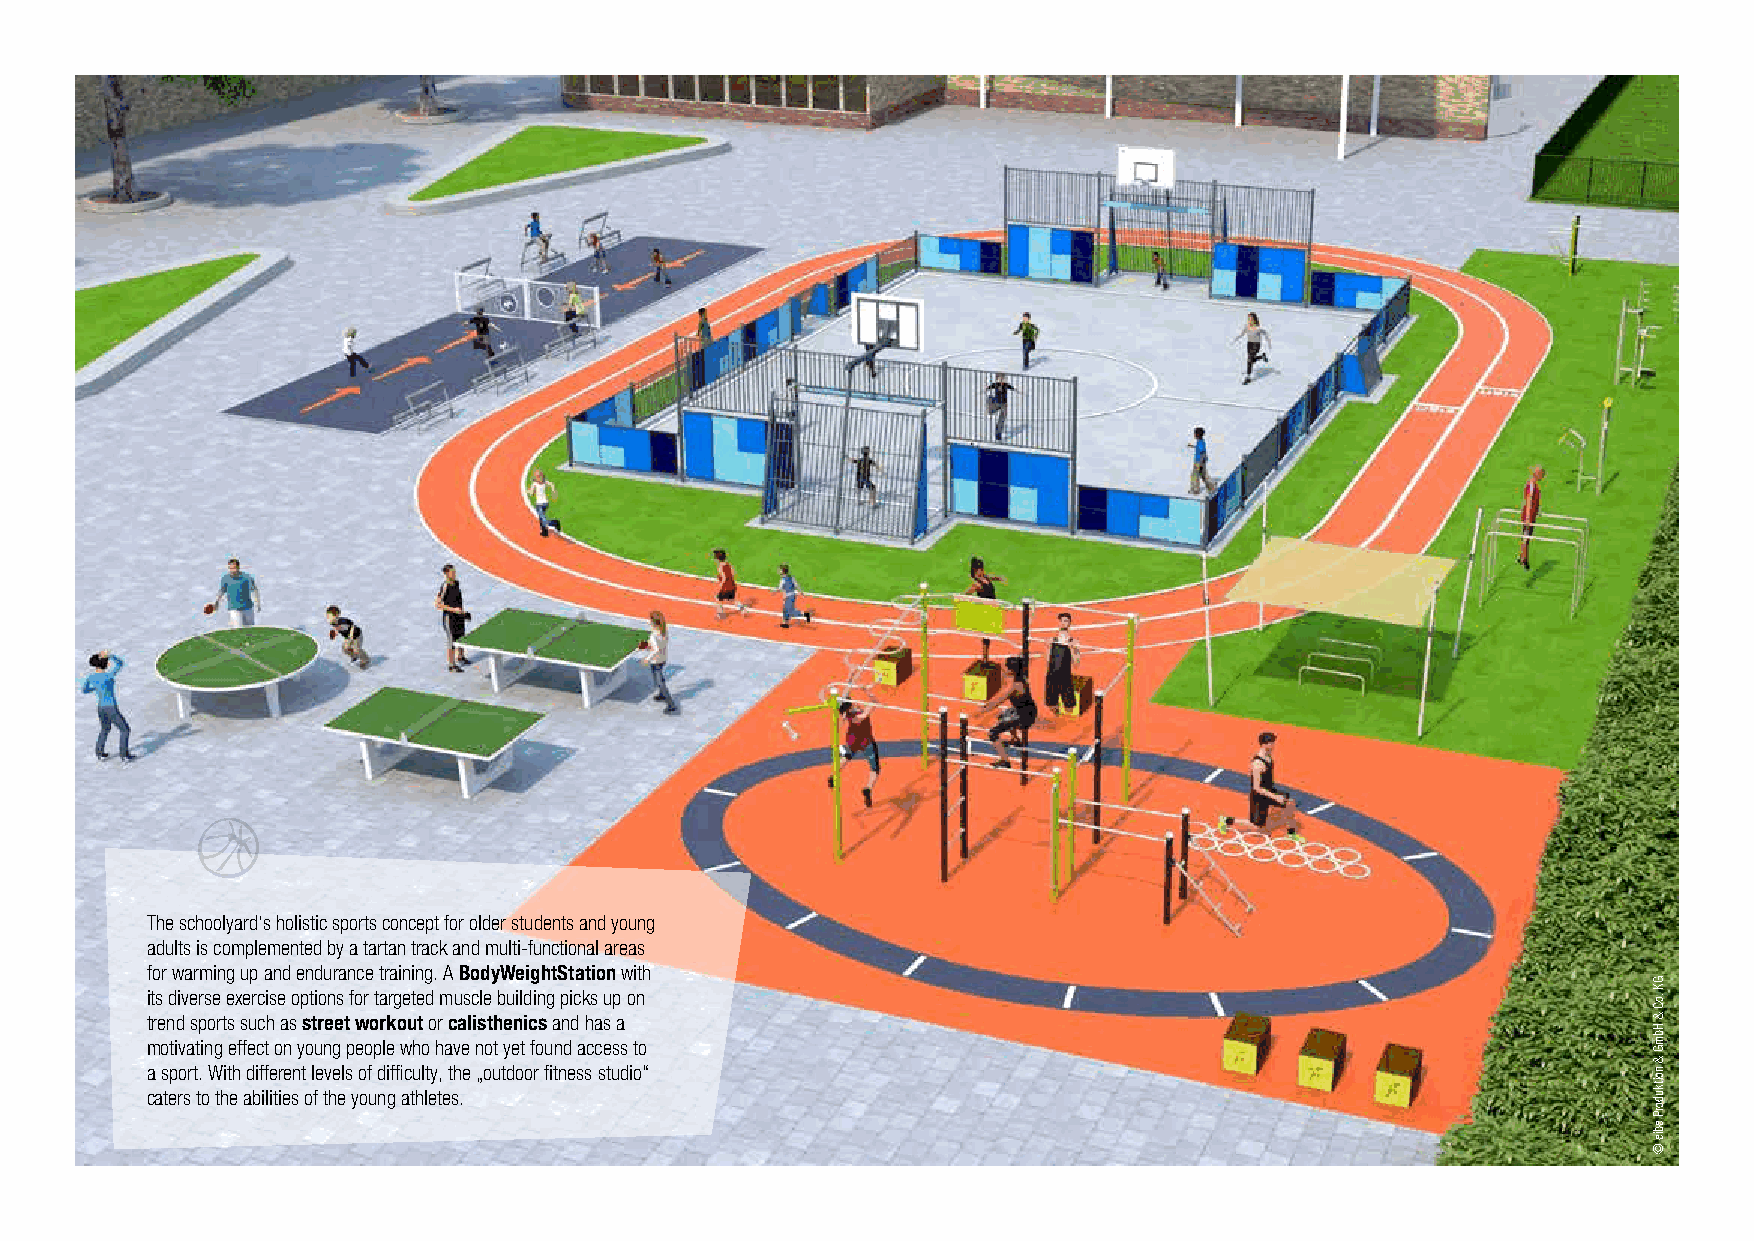
The schoolyard‘s holistic sports concept for older students and young
 adults is complemented by a tartan track and multi-functional areas
 for warming up and endurance training. A BodyWeightStation with
 its diverse exercise options for targeted muscle building picks up on
 trend sports such as street workout or calisthenics and has a
 motivating effect on young people who have not yet found access to
 a sport. With different levels of difficulty, the „outdoor fitness studio“
 caters to the abilities of the young athletes.
 GK
 .oC
 &
 HbmG
 &
 noitkudorP
 ebie
 ©